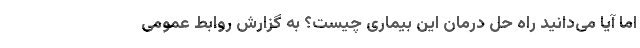
اما آیا می‌دانید راه حل درمان این بیماری چیست؟ به گزارش روابط عمومی